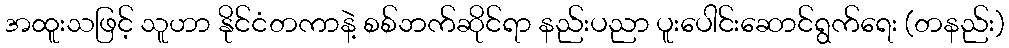
အထူးသဖြင့် သူဟာ နိုင်ငံတကာနဲ့ စစ်ဘက်ဆိုင်ရာ နည်းပညာ ပူးပေါင်းဆောင်ရွက်ရေး (တနည်း)